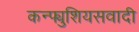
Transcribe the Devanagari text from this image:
कन्फ्युशियसवादी